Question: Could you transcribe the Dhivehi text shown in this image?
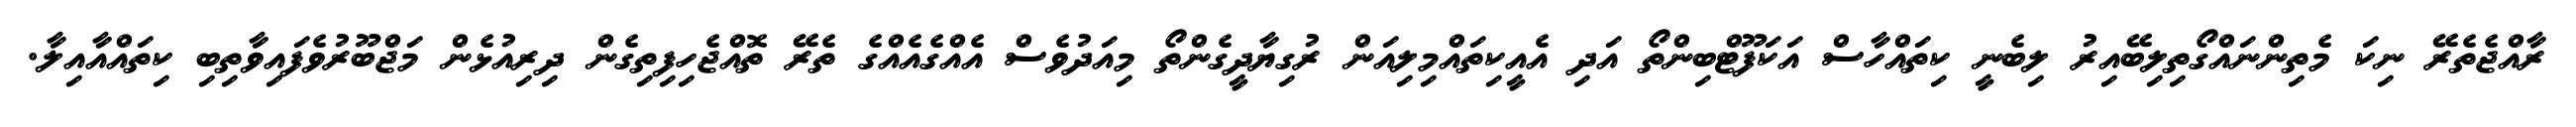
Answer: ރާއްޖެތެރޭ ނިކަ މެތިންނައްގޯތިލިބޭއިރު ލިބެނީ ކިތައްހާސް އަކަފޫޓްބިންތޯ އަދި އެއީކިތައްމިލިއަން ރުގިޔާދީގެންތޯ މިއަދުވެސް އެއްގެއެއްގެ ތެރޭ ތޮއްޖެހިފިތިގެން ދިރިއުޅެން މަޖްބޫރުވެފައިވާތިބި ކިތައްއާއިލާ.